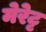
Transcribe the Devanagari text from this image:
मेरेट्ट